Note on the mental hospitals in Burma - 1925-1940
Year: 1925
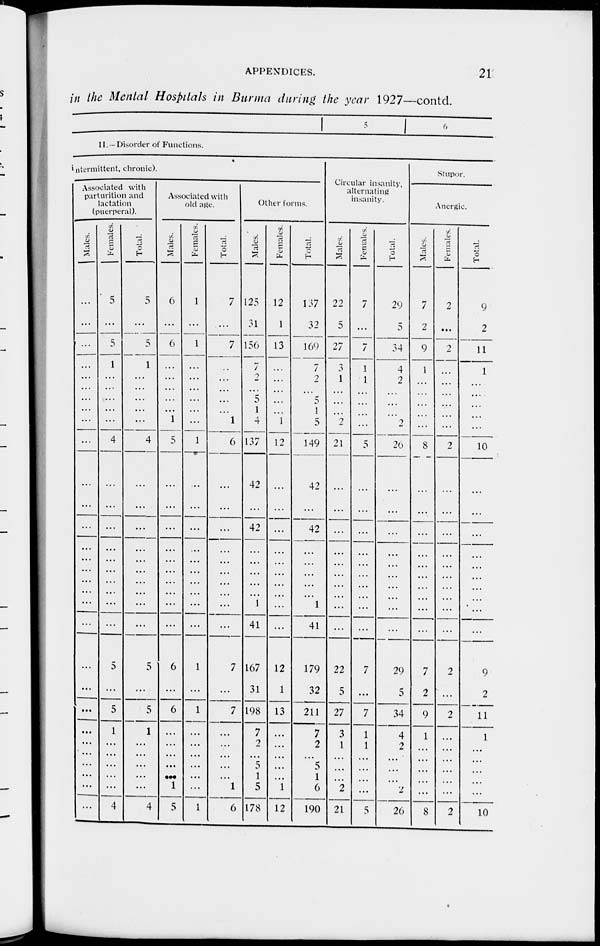
APPENDICES.
21
in the Mental Hospitals in Burma during the year 1927—contd.
1 5
6
II. — Disorder of Functions.
intermittent , chronic).
Associated with
parturition and
lactation
(puerperal).
Males.
...
...
...
...
...
...
...
...
...
...
...
...
...
...
...
...
...
...
...
...
...
...
...
...
...
...
...
...
Females.
5
...
5
1
...
...
...
...
...
4
...
...
...
...
...
...
...
...
...
5
...
5
1
...
...
...
...
4
Total.
5
...
5
1
...
... ...
...
...
4
...
...
...
...
...
...
...
...
...
5
...
5
1
...
...
...
...
4
Associated with
old age.
Males.
6
...
6
...
...
...
...
...
1
5
...
...
...
...
...
...
...
...
...
6
...
6
...
...
...
...
1
5
Females.
1
...
1
...
...
...
...
...
...
1
...
...
...
...
...
...
...
...
...
1
...
1
...
...
...
...
...
1
Total.
7
...
7
...
...
...
...
...
1
6
...
...
...
...
...
...
...
...
...
7
...
7
...
...
...
...
1
6
Other forms.
Males.
125
31
156
7
2
...
5
1
4
137
42
42
...
...
...
...
...
1
41
167
31
198
7
2
5
1
5
178
Females.
12
1
13
...
...
...
...
...
1
12
...
...
...
...
...
...
...
...
...
12
1
13
...
...
...
...
1
12
Total.
137
32
169
7
2
...
5
1
5
149
42
42
...
...
...
...
...
1
41
179
32
211
7
2
5
1
6
190
Circular insanity
alternating
insanity.
Males.
22
5
27
...
1
...
...
...
2
21
...
...
...
...
...
...
...
...
...
22
5
27
3
1
...
...
2
21
Females.
7
...
7
1
1
...
...
...
...
5
...
...
...
...
...
...
...
...
...
7
...
7
1
1
...
...
...
5
Total.
29
5
34
4
2
...
...
...
2
26
...
...
...
...
...
...
...
...
...
29
5
34
4
2
...
...
2
26
Stupor.
Anergic.
Males.
7
2
9
1
...
...
...
...
...
8
...
...
...
...
...
...
...
...
...
7
2
9
1
...
...
...
...
8
Females.
2
...
2
...
...
...
...
...
...
2
...
...
...
...
...
...
...
...
...
2
...
2
...
...
...
...
...
2
Total.
9
2
11
1
...
...
...
...
...
10
...
...
...
...
...
...
...
...
...
9
2
11
1
...
...
...
...
10